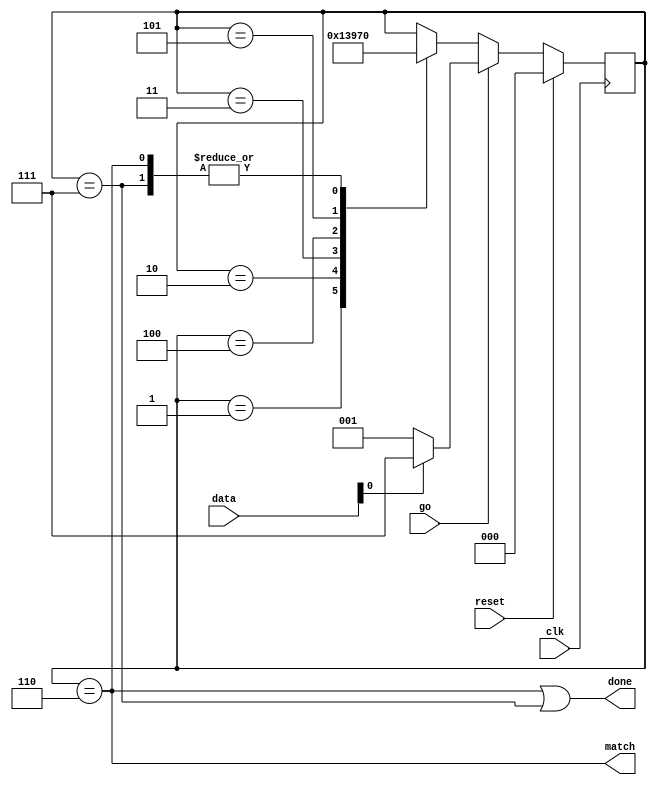
//
// Copyright 2011 Ettus Research LLC
//
// This program is free software: you can redistribute it and/or modify
// it under the terms of the GNU General Public License as published by
// the Free Software Foundation, either version 3 of the License, or
// (at your option) any later version.
//
// This program is distributed in the hope that it will be useful,
// but WITHOUT ANY WARRANTY; without even the implied warranty of
// MERCHANTABILITY or FITNESS FOR A PARTICULAR PURPOSE.  See the
// GNU General Public License for more details.
//
// You should have received a copy of the GNU General Public License
// along with this program.  If not, see <http://www.gnu.org/licenses/>.
//



module address_filter_promisc
  (input clk,
   input reset,
   input go,
   input [7:0] data,
   output match,
   output done);

   reg [2:0] af_state;

   always @(posedge clk)
     if(reset)
       af_state     <= 0;
     else
       if(go)
	 af_state <= (data[0] == 1'b0) ? 1 : 7;
       else
	 case(af_state)
	   1 : af_state <= 2;
	   2 : af_state <= 3;
	   3 : af_state <= 4;
	   4 : af_state <= 5;
	   5 : af_state <= 6;
	   6, 7 : af_state <= 0;
	 endcase // case (af_state)

   assign match  = (af_state==6);
   assign done 	 = (af_state==6)|(af_state==7);
   
endmodule // address_filter_promisc